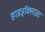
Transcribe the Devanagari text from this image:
हाइड्रॉक्साइट